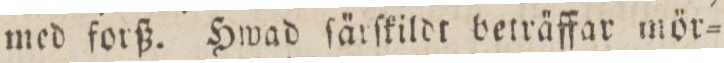
med forß. Hwad ſärſkildt beträffar mör=